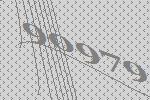
90979